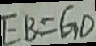
E B = G D